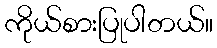
ကိုယ်စားပြုပါတယ်။